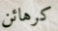
كرهائن